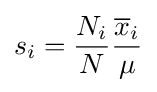
s_{i}={\frac {N_{i}}{N}}{\frac {{\overline {x}}_{i}}{\mu }}